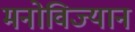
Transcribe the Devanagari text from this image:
मनोविज्यान